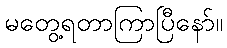
မတွေ့ရတာကြာပြီနော်။